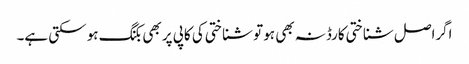
اگراصل شناختی کارڈنہ بھی ہو تو شناختی کی کاپی پر بھی بکنگ ہو سکتی ہے۔